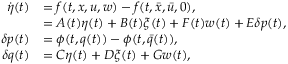
\begin{array} { r l } { \dot { \eta } ( t ) } & { = f ( t , x , u , w ) - f ( t , \bar { x } , \bar { u } , 0 ) , } \\ & { = A ( t ) \eta ( t ) + B ( t ) \xi ( t ) + F ( t ) w ( t ) + E \delta p ( t ) , } \\ { \delta p ( t ) } & { = \phi ( t , q ( t ) ) - \phi ( t , \bar { q } ( t ) ) , } \\ { \delta q ( t ) } & { = C \eta ( t ) + D \xi ( t ) + G w ( t ) , } \end{array}